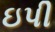
ઇપી